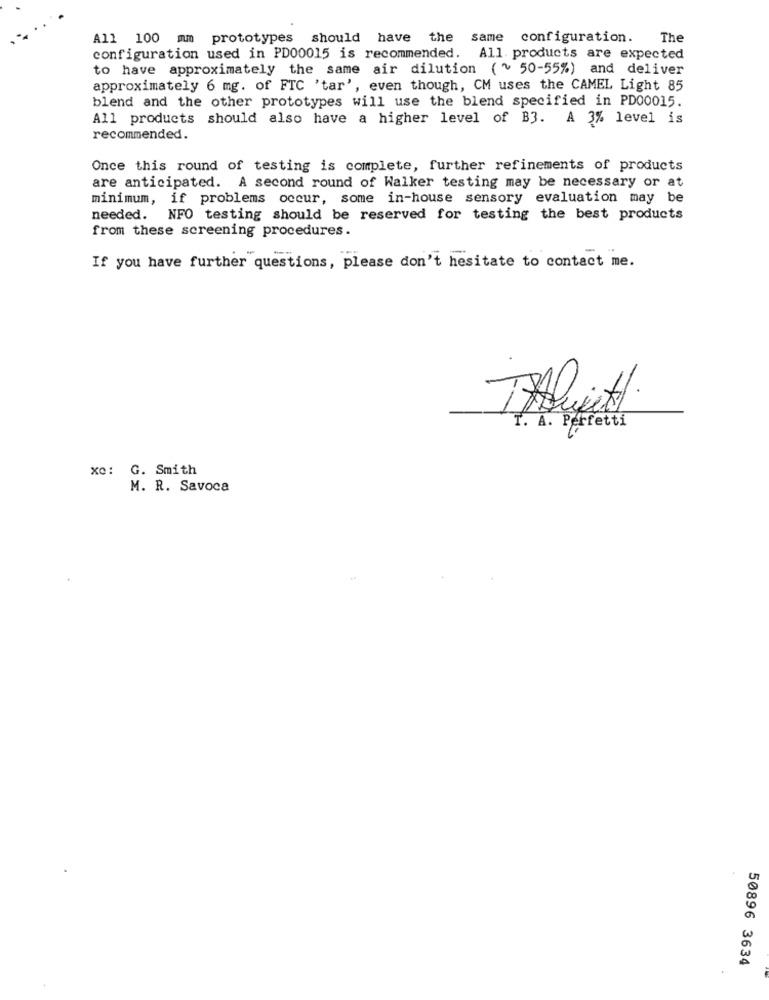
All 100 mm prototypes
should have the
same
configuration.
The
configuration used in PD00015 is recommended.
All. products are expected
to have approximately the same air dilution ( ~ 50-55%) and deliver
approximately 6 mg. of FTC 'tar', even though, CM uses the CAMEL Light 85
blend and the other prototypes will use the blend specified in PD00015.
All products should also have a higher level of B3. A 3% level is
recommended.
Once this round of testing is complete, further refinements of products
are anticipated. A second round of Walker testing may be necessary or at
minimum, if problems occur, some in-house sensory evaluation may be
needed. NFO testing should be reserved for testing the best products
from these screening procedures.
If you have further questions, please don't hesitate to contact me.
TAlitt.
T. A. Perfetti
xo: G. Smith
M. R. Savoca
50896 3634